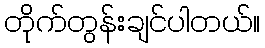
တိုက်တွန်းချင်ပါတယ်။